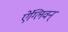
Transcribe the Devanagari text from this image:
ऐंग्लिवन्